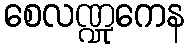
စေလဏ္ဍုကေန